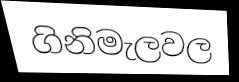
ගිනිමැලවල